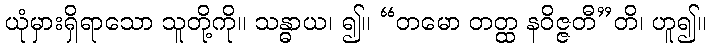
ယုံမှားရှိရာသော သူတို့ကို။ သန္ဓာယ၊ ၍။ “တမော တတ္ထ နဝိဇ္ဇတီ”တိ၊ ဟူ၍။